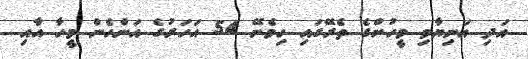
އަދި އަނިޔާވި މީހުންގެ ތެރޭގައި ހިމެނޭ 54 އަހަރުގެ އަންހެން މީހާ އާއި